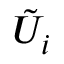
\tilde { U } _ { i }